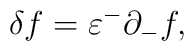
\delta f=\varepsilon^-\partial_-f,